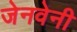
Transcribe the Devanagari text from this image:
जेनवेनी